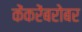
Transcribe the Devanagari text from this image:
केंकरेंबरोबर